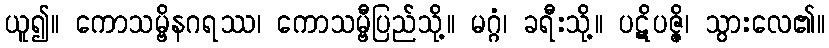
ယူ၍။ ကောသမ္ဗိနဂရဿ၊ ကောသမ္ဗီပြည်သို့။ မဂ္ဂံ၊ ခရီးသို့။ ပဋိပဇ္ဇိ၊ သွားလေ၏။